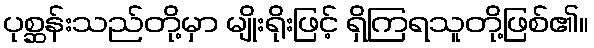
ပုစ္ဆန်းသည်တို့မှာ မျိုးရိုးဖြင့် ရှိကြရသူတို့ဖြစ်၏။